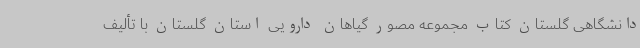
دانشگاهی گلستان کتاب مجموعه مصور گیاهان دارویی استان گلستان با تألیف